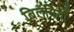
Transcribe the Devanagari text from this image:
बिलनियाँ